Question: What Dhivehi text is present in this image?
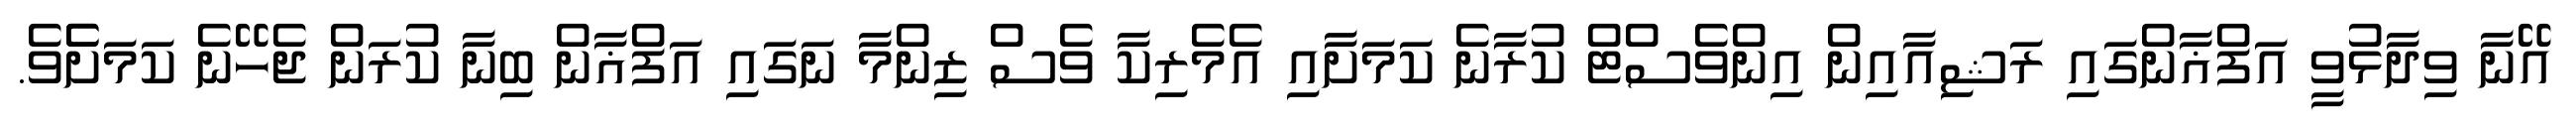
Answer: އޭނާ ވިދާޅުވީ އަފްޣާންގައި ރަޝިއާއިން އިންވެސްޓް ކުރާނެ ކަމަށާއި އެމެރިކާ ވެސް ޒިންމާ ނަގައި އަފްޣާން ބިނާ ކުރަން ޖެހޭނެ ކަމަށެެވެ.